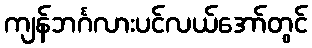
ကျန်ဘင်္ဂလားပင်လယ်အော်တွင်